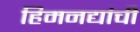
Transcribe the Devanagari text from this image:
हिमनद्यांची